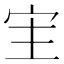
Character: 宔